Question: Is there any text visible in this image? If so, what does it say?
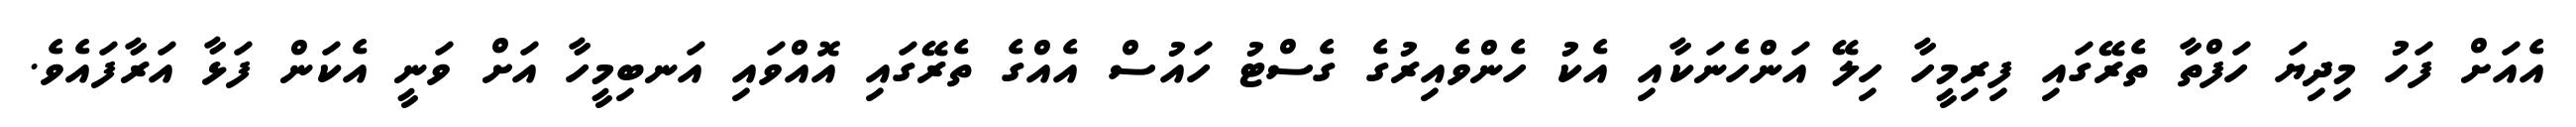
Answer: އެއަށް ފަހު މިދިޔަ ހަފްތާ ތެރޭގައި ފިރިމީހާ ހިލޭ އަންހެނަކާއި އެކު ހެންވެއިރުގެ ގެސްޓު ހައުސް އެއްގެ ތެރޭގައި އޮއްވައި އަނބިމީހާ އަށް ވަނީ އެކަން ފަޅާ އަރާފައެވެ.